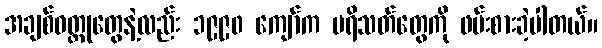
အချစ်ဝတ္ထုတွေနဲ့လည်း ၁၉၉၀ ကျော်က ပရိသတ်တွေကို ဖမ်းစားခဲ့ပါတယ်။